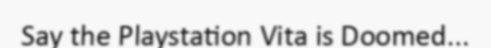
Say the Playstation Vita is Doomed...